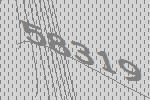
58319